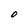
Character: O